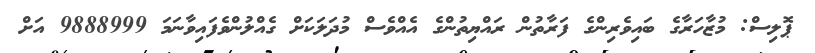
ޕޮލިސް: މުޒާހަރާގެ ބައިވެރިންގެ ފަރާތުން ރައްޔިތުންގެ އެއްވެސް މުދަލަކަށް ގެއްލުންވެފައިވާނަމަ 9888999 އަށް